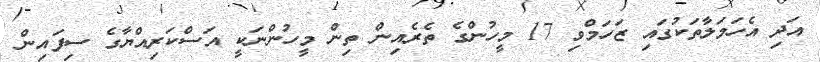
އަދި އެހަމަލާތަކުގައި ޒަހަމްވި 17 މީހުންގެ ތެރެއިން ތިން މީހުންނަކީ އަސްކަރިއްޔާގެ ސިފައިން